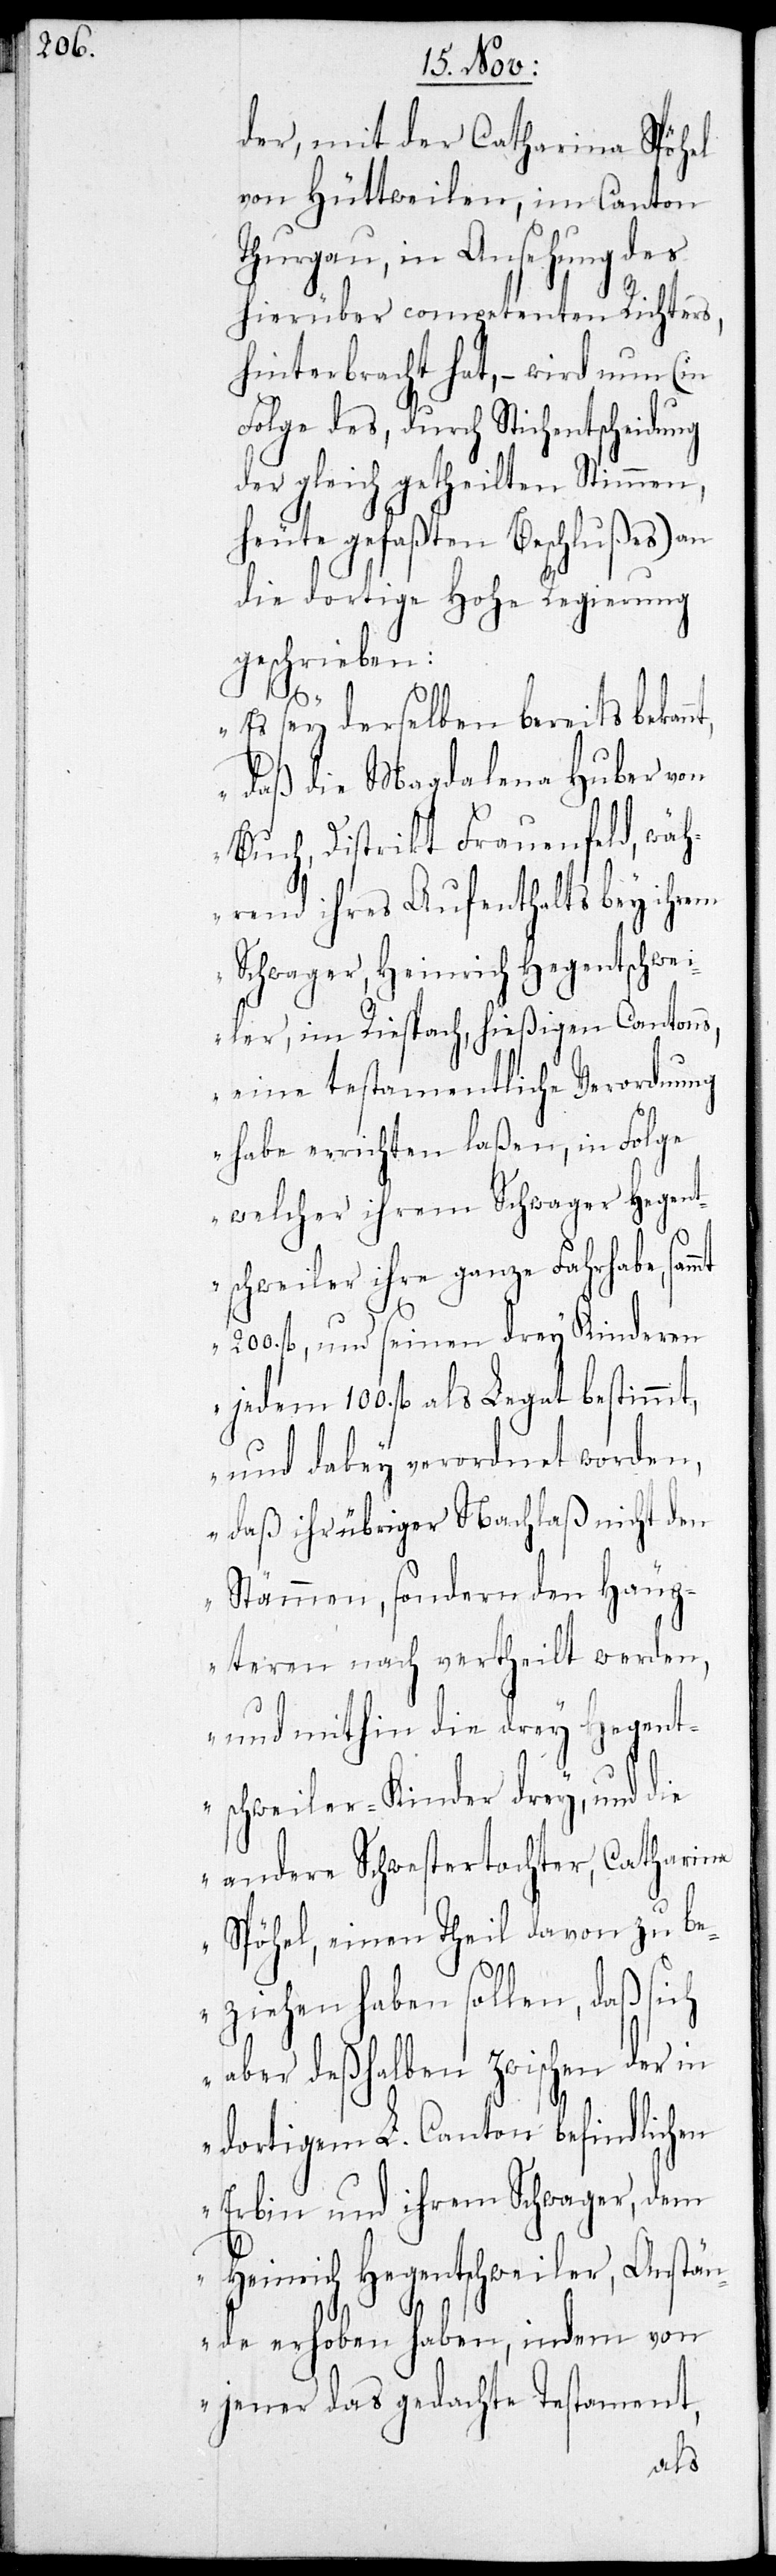
der, mit Catharina Spöhel
von Hüttweilen, im Canton
Thurgau, in Ansehung der
hierüber competenten Richters
hinterbracht hat, – wird nun (in
Folge des, durch Stichentscheidung
der gleich getheilten Stimmen,
heute gefaßten Beschlußes) an
die dortige Hohe Regierung
geschrieben:
nt,
„Es sey derselben bereits bekan¬
daß die Magdalena Huber von
Buch, Distrikt Frauenfeld, wäh¬
rend ihres Aufenthalts bey ihrem
Schwager, Heinrich Hegentschwei¬
ler, im Riesbach, hießigen Cantons,
eine testamentliche Verordnung
habe errichten laßen, in Folge
welcher ihrem Schwager Hegent¬
schweiler ihre ganze Fahrhabe,
200. fl., und seinen drey Kinderen
jedem 100. fl. als Legat bestimmt,
und dabey verordnet worden,
daß ihr übriger Nachlaß nicht den
Stämmen, sondern den Häup¬
teren nach vertheilt werden,
und mithin die drey Hegent¬
schweiler-Kinder drey, und die
andere Schwestertochter, Catharina
Spöhel, einen Theil davon zu b¬
eziehen haben sollen, daß sich
aber deßhalben zwischen der in
dortigem L. Canton befindlichen
Erbin und ihrem Schwager, dem
Heinrich Hegentschweiler, Anstän¬
de erhoben haben, indem von
jener das gedachte Testament,